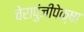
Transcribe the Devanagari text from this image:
चेरापुंजीपेक्षा